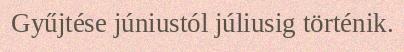
Gyűjtése júniustól júliusig történik.